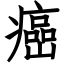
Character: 癌